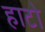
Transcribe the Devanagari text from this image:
हाटो